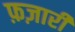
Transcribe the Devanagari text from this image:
फ़ज़ारी